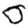
Digit: 0